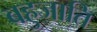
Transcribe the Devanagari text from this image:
बहुजाति